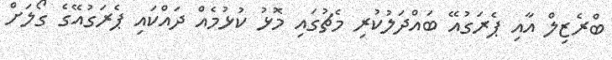
ބްރެޒިލް އާއި ޕެރަގުއޭ ބައްދަލުކުރި މެޗުގައި މޮޅު ކުޅުމެއް ދައްކައި ޕެރަގުއޭގެ ގޯލަށް